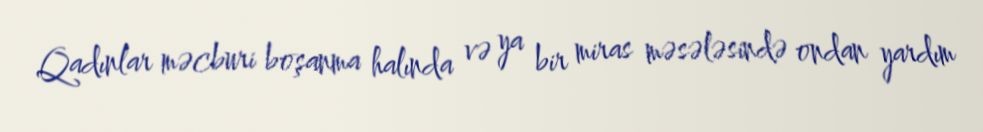
Qadınlar məcburi boşanma halında və ya bir miras məsələsində ondan yardım